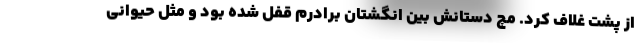
از پشت غلاف کرد. مچ دستانش بین انگشتان برادرم قفل شده بود و مثل حیوانی